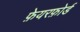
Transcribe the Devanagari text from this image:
फ़ेयरफ़ोर्ड